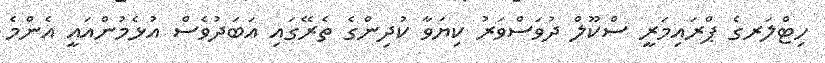
ހިޓްލަރގެ ޕްރައިމަރީ ސްކޫލް ދުވަސްވަރު ކިޔަވާ ކުދިންގެ ތެރޭގައި އަބަދުވެސް އުޅެމުންއައީ އެންމެ